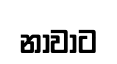
නාවාට